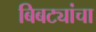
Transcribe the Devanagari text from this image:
बिबट्यांचा